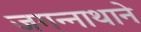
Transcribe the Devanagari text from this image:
जगन्‍नाथाने